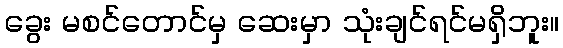
ခွေး မစင်တောင်မှ ဆေးမှာ သုံးချင်ရင်မရှိဘူး။